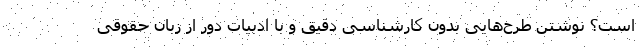
است؟ نوشتن طرح‌هایی بدون کارشناسی دقیق و با ادبیات دور از زبان حقوقی